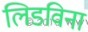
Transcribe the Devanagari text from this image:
लिडविना